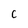
Character: C